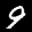
Label: 9